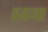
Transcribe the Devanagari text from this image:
५६वा